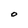
Character: O